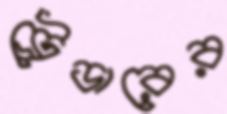
ট্রেডারের